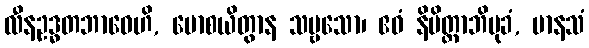
လီနဥဒ္ဓတဘာဝေဟိ, မောစယိတွာန သဗ္ဗသော၊ ဧဝံ နိမိတ္တာဘိမုခံ, မာနသံ